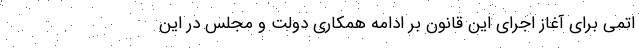
اتمی برای آغاز اجرای این قانون بر ادامه همکاری دولت و مجلس در این